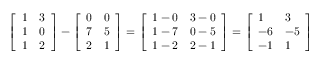
{ \left[ \begin{array} { l l } { 1 } & { 3 } \\ { 1 } & { 0 } \\ { 1 } & { 2 } \end{array} \right] } - { \left[ \begin{array} { l l } { 0 } & { 0 } \\ { 7 } & { 5 } \\ { 2 } & { 1 } \end{array} \right] } = { \left[ \begin{array} { l l } { 1 - 0 } & { 3 - 0 } \\ { 1 - 7 } & { 0 - 5 } \\ { 1 - 2 } & { 2 - 1 } \end{array} \right] } = { \left[ \begin{array} { l l } { 1 } & { 3 } \\ { - 6 } & { - 5 } \\ { - 1 } & { 1 } \end{array} \right] }